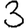
Digit: 3